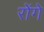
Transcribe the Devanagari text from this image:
रोंगे